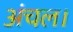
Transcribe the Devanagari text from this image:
अंचल।